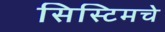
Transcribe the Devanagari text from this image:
सिस्टिमचे